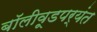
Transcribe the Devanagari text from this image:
बॉलीवूडपर्यंत